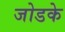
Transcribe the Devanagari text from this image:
जोडके